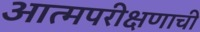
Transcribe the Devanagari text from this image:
आत्मपरीक्षणाची